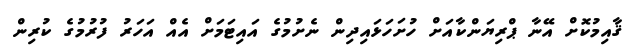
ޤާއިމުކޮށް އޭނާ ޕްރިޔަންކާއަށް ހުށަހަޅައިދިން ނެށުމުގެ އައިޓަމަށް އެއް އަހަރު ފުރުމުގެ ކުރިން